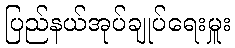
ပြည်နယ်အုပ်ချုပ်ရေးမှူး